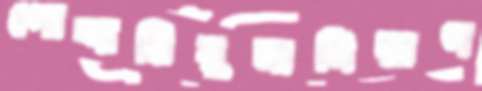
পোদ্দারিরুমানিয়াগ